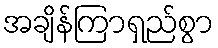
အချိန်ကြာရှည်စွာ